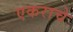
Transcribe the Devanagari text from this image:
एकराचे